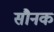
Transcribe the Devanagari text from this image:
सौनक